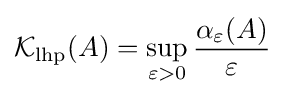
{\mathcal {K}}_{\textrm {lhp}}(A)=\sup _{\varepsilon >0}{\frac {\alpha _{\varepsilon }(A)}{\varepsilon }}